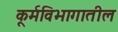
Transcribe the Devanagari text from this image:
कूर्मविभागातील